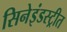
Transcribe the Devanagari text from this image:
सिनेइंडस्ट्रीत